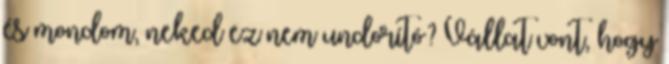
és mondom, neked ez nem undorító? Vállat vont, hogy